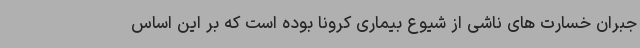
جبران خسارت های ناشی از شیوع بیماری کرونا بوده است که بر این اساس